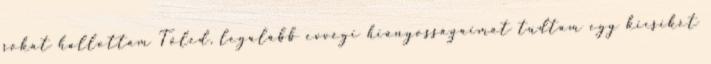
sokat hallottam Tőled, legalább evvégi hiányosságaimat tudtam egy kicsikét